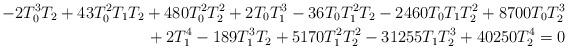
LaTeX: \begin{align*}-2T_0^3T_2 + 43T_0^2T_1T_2 + 480T_0^2T_2^2 + 2T_0T_1^3 - 36T_0T_1^2T_2 - 2460T_0T_1T_2^2 + 8700T_0T_2^3 \\{} + 2T_1^4 - 189T_1^3T_2 + 5170T_1^2T_2^2 - 31255T_1T_2^3 + 40250T_2^4 = 0\end{align*}